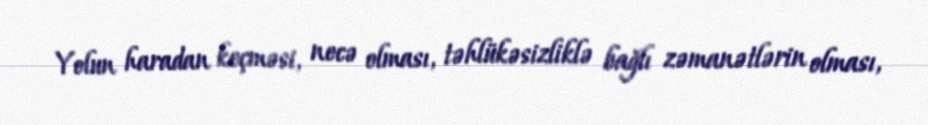
Yolun haradan keçməsi, necə olması, təhlükəsizliklə bağlı zəmanətlərin olması,